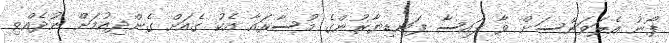
ފޯނު އެލަވަންސަށް ވާ ފައިސާ ފަނޑިޔާރުންގެ މުސާރައާ އެކު ގެއަށް ގެންދިއުމަށް ނުދެއްވި